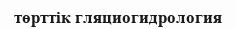
төрттік гляциогидрология